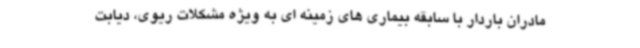
مادران باردار با سابقه بیماری های زمینه ای به ویژه مشکلات ریوی، دیابت